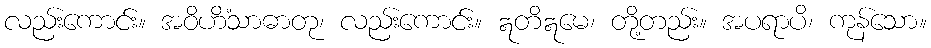
လည်းကောင်း။ အဝိဟိံသာဓာတု၊ လည်းကောင်း။ ဣတိဣမေ၊ တို့တည်း။ အပရာပိ၊ ကုန်သော။